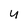
Character: u